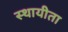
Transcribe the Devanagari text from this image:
स्थायीता